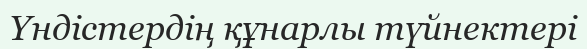
Үндістердің құнарлы түйнектері